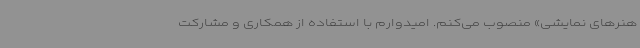
هنرهای نمایشی» منصوب می‌کنم. امیدوارم با استفاده از همکاری و مشارکت